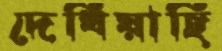
দেখিয়াছি